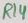
Text: R14